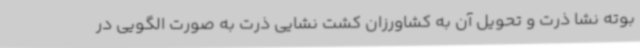
بوته نشا ذرت و تحویل آن به کشاورزان کشت نشایی ذرت به صورت الگویی در